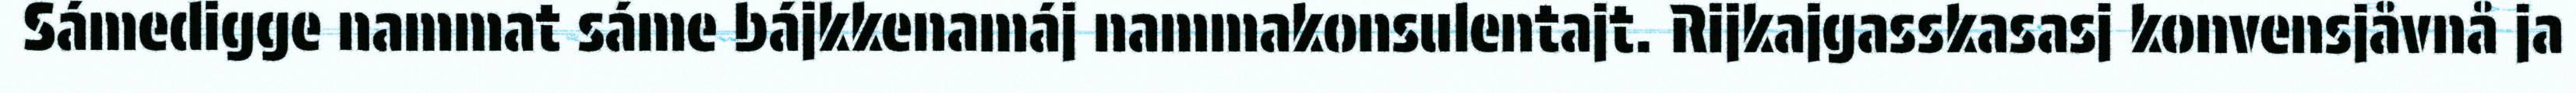
Sámedigge nammat sáme bájkkenamáj nammakonsulentajt. Rijkajgasskasasj konvensjåvnå ja